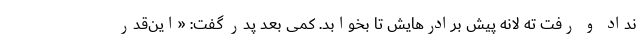
نداد و رفت ته لانه پیش برادرهایش تا بخوابد. کمی بعد پدر گفت: «این‌قدر